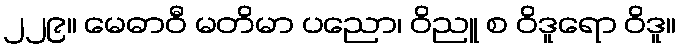
၂၂၉။ မေဓာဝီ မတိမာ ပညော၊ ဝိညူ စ ဝိဒူရော ဝိဒူ။